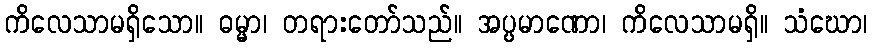
ကိလေသာမရှိသော။ ဓမ္မာ၊ တရားတော်သည်။ အပ္ပမာဏော၊ ကိလေသာမရှိ။ သံဃော၊